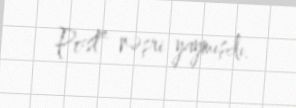
Post” nəşri yaymışdı.